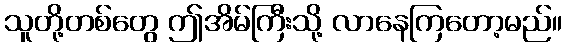
သူတို့တစ်တွေ ဤအိမ်ကြီးသို့ လာနေကြတော့မည်။